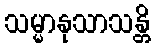
သမ္မာနုသာသန္တိ